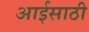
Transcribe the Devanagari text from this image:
आईसाठी